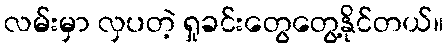
လမ်းမှာ လှပတဲ့ ရှုခင်းတွေတွေ့နိုင်တယ်။